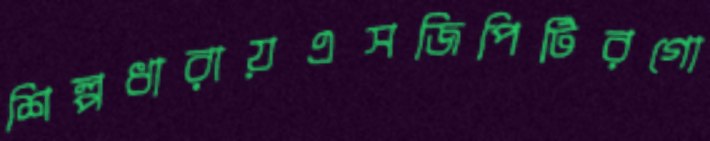
শিল্পধারায়এসজিপিটিরগো